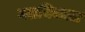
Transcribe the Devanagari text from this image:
ग्लायिकाल